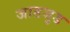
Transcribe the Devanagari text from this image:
जाडजुड